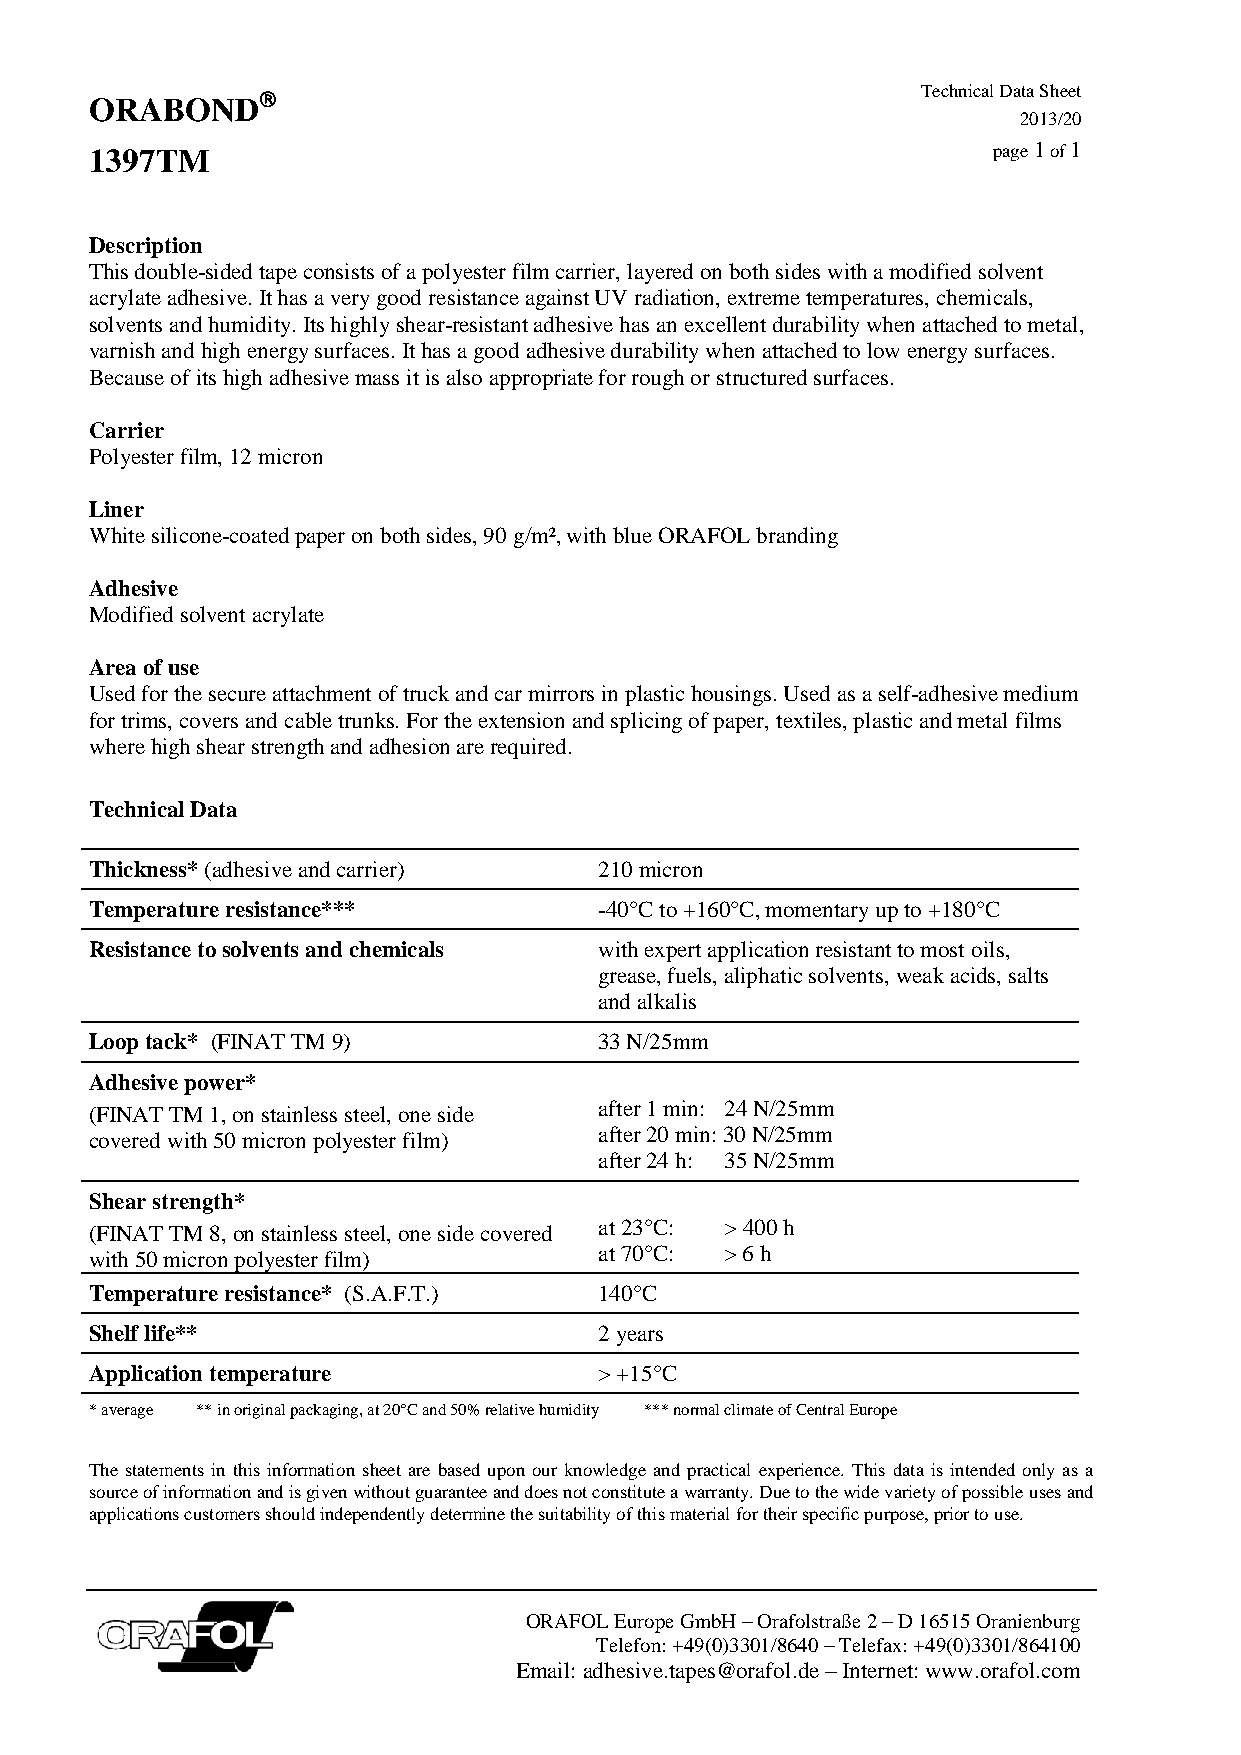
Technical Data Sheet
 ORABOND
 2013/20
 1397TM                                                      page 1 of 1
 Description
 This double-sided tape consists of a polyester film carrier, layered on both sides with a modified solvent
 acrylate adhesive. It has a very good resistance against UV radiation, extreme temperatures, chemicals,
 solvents and humidity. Its highly shear-resistant adhesive has an excellent durability when attached to metal,
 varnish and high energy surfaces. It has a good adhesive durability when attached to low energy surfaces.
 Because of its high adhesive mass it is also appropriate for rough or structured surfaces.
 Carrier
 Polyester film, 12 micron
 Liner
 White silicone-coated paper on both sides, 90 g/m², with blue ORAFOL branding
 Adhesive
 Modified solvent acrylate
 Area of use
 Used for the secure attachment of truck and car mirrors in plastic housings. Used as a self-adhesive medium
 for trims, covers and cable trunks. For the extension and splicing of paper, textiles, plastic and metal films
 where high shear strength and adhesion are required.
 Technical Data
 Thickness* (adhesive and carrier) 210 micron
 Temperature resistance***         -40°C to +160°C, momentary up to +180°C
 Resistance to solvents and chemicals with expert application resistant to most oils,
 grease, fuels, aliphatic solvents, weak acids, salts
 and alkalis
 Loop tack* (FINAT TM 9)           33 N/25mm
 Adhesive power*
 (FINAT TM 1, on stainless steel, one side after 1 min: 24 N/25mm
 covered with 50 micron polyester film) after 20 min: 30 N/25mm
 after 24 h: 35 N/25mm
 Shear strength*
 (FINAT TM 8, on stainless steel, one side covered at 23°C: > 400 h
 with 50 micron polyester film)    at 70°C: > 6 h
 Temperature resistance* (S.A.F.T.) 140°C
 Shelf life**                      2 years
 Application temperature           > +15°C
 * average ** in original packaging, at 20°C and 50% relative humidity *** normal climate of Central Europe
 The statements in this information sheet are based upon our knowledge and practical experience. This data is intended only as a
 source of information and is given without guarantee and does not constitute a warranty. Due to the wide variety of possible uses and
 applications customers should independently determine the suitability of this material for their specific purpose, prior to use.
 ORAFOL Europe GmbH – Orafolstraße 2 – D 16515 Oranienburg
 Telefon: +49(0)3301/8640 – Telefax: +49(0)3301/864100
 Email: adhesive.tapes@orafol.de – Internet: www.orafol.com